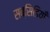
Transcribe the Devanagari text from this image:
सब्सिडियाँ